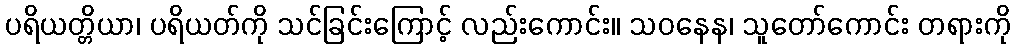
ပရိယတ္တိယာ၊ ပရိယတ်ကို သင်ခြင်းကြောင့် လည်းကောင်း။ သဝနေန၊ သူတော်ကောင်း တရားကို